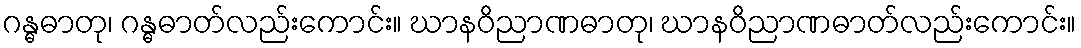
ဂန္ဓဓာတု၊ ဂန္ဓဓာတ်လည်းကောင်း။ ဃာနဝိညာဏဓာတု၊ ဃာနဝိညာဏဓာတ်လည်းကောင်း။